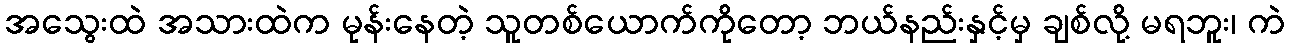
အသွေးထဲ အသားထဲက မုန်းနေတဲ့ သူတစ်ယောက်ကိုတော့ ဘယ်နည်းနှင့်မှ ချစ်လို့ မရဘူး၊ ကဲ